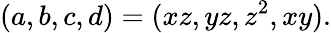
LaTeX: (a,b,c,d)=(xz,yz,z^{2},xy).